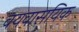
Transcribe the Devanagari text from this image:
वयवासयिक